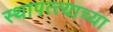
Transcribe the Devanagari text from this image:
स्थापत्त्याच्या